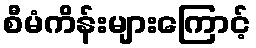
စီမံကိန်းများကြောင့်